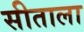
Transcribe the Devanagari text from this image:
सीताला